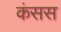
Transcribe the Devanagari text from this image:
कंसस